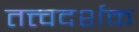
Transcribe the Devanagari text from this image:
तत्त्वदर्शक